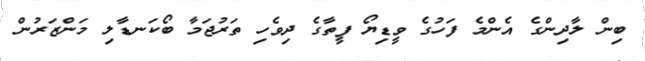
ބިން ލާދިންގެ އެންމެ ފަހުގެ ވީޑިޔޯ ފީތާގެ ދިވެހި ތަރުޖަމާ ބޯކަނޑާލި މަންޒަރުން